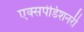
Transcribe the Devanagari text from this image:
एक्सपेडिशनरी